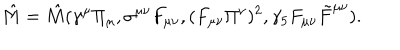
LaTeX: \hat { M } = \hat { M } ( \gamma ^ { \mu } \Pi _ { \mu } , \sigma ^ { \mu \nu } F _ { \mu \nu } , ( F _ { \mu \nu } \Pi ^ { \nu } ) ^ { 2 } , \gamma _ { 5 } F _ { \mu \nu } \tilde { F } ^ { \mu \nu } ) .